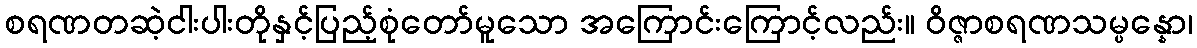
စရဏတဆဲ့ငါးပါးတိုနှင့်ပြည့်စုံတော်မူသော အကြောင်းကြောင့်လည်း။ ဝိဇ္ဇာစရဏသမ္ပန္နော၊